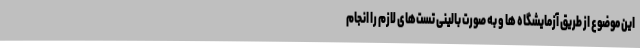
این موضوع از طریق آزمایشگاه ها و به صورت بالینی تست‌های لازم را انجام